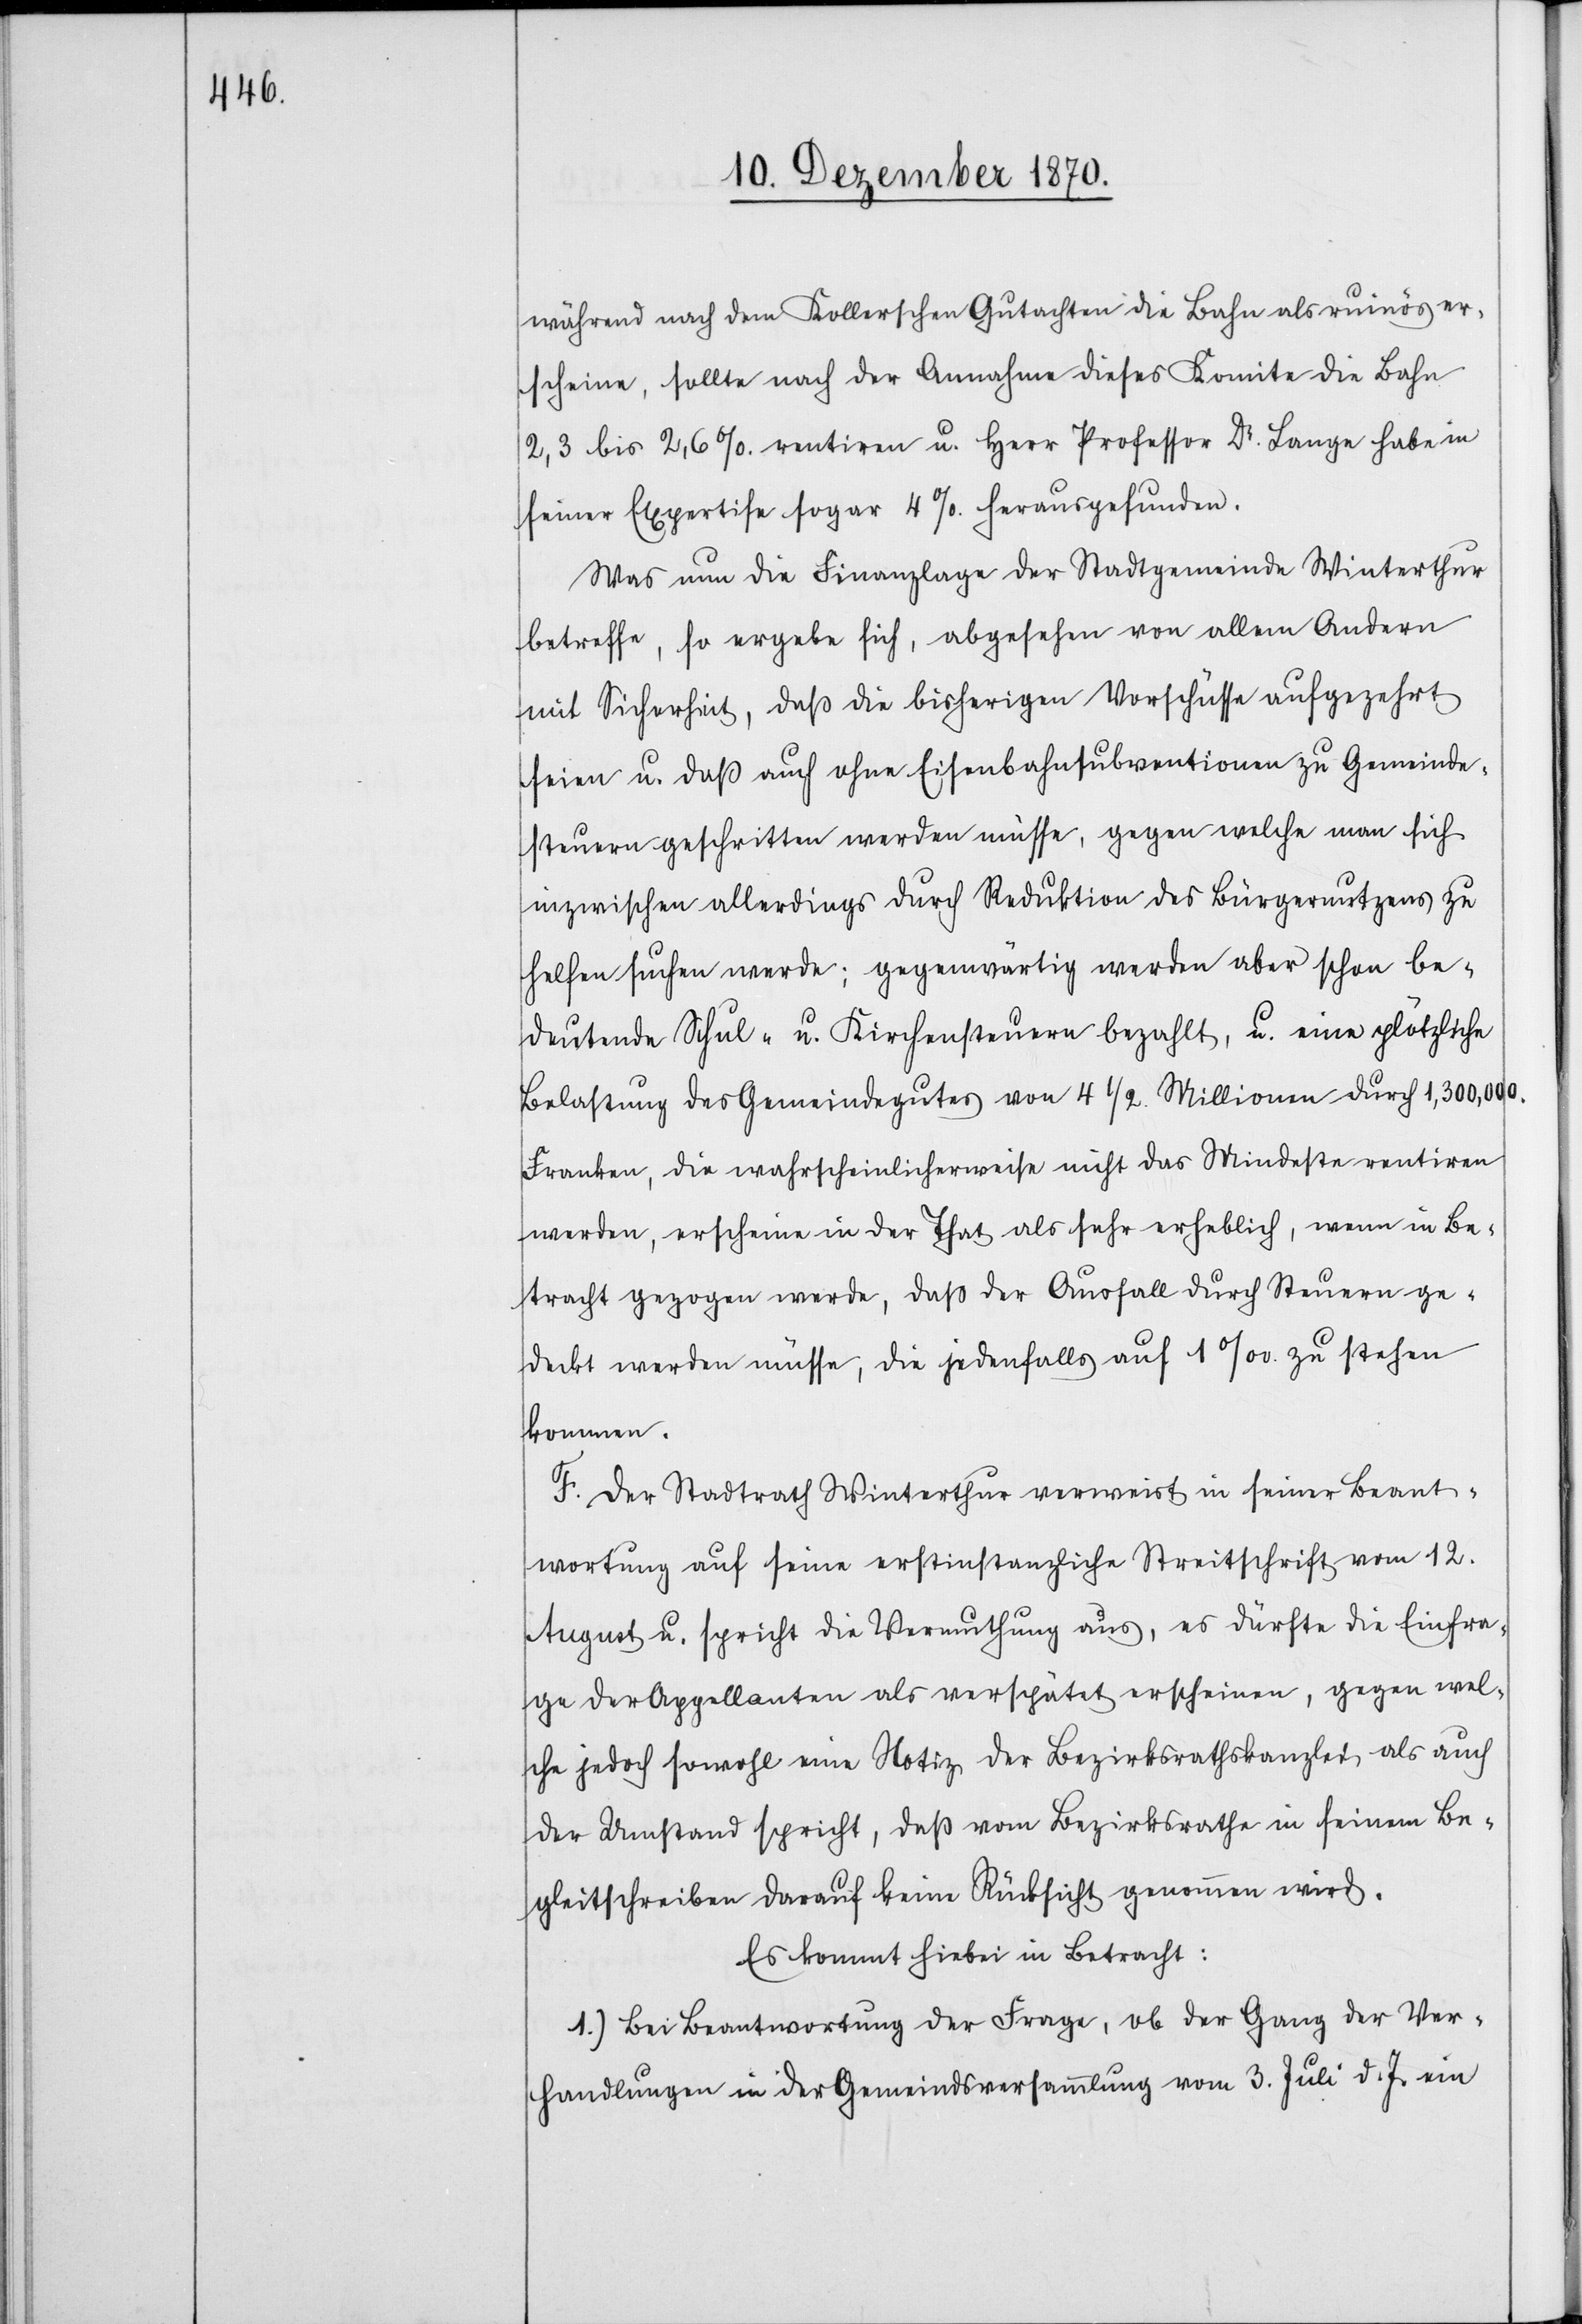
während nach dem Kollerschen Gutachten die Bahn als ruinös er¬
scheine, sollte nach der Annahme dieses Komitee die Bahn
2,3 bis 2,6% rentiren u. Herr Professor Dr. Lange habe in
seiner Expertise sogar 4%. herausgefunden.
Was nun die Finanzlage der Stadtgemeinde Winterthur
betreffe, so ergebe sich, abgesehen von allem Andern
mit Sicherheit, daß die bisherigen Vorschüsse aufgezehrt
seien u. daß auch ohne Eisenbahnsubventionen zu Gemeinde¬
steuern geschritten werden müsse, gegen welche man sich
inzwischen allerdings durch Reduktion des Bürgernutzens zu
helfen suchen werde; gegenwärtig werden aber schon be¬
deutende Schul- u. Kirchensteuern bezahlt, u. eine plötzliche
Belastung des Gemeindegutes von 4 1/2. Millionen durch 1,300,000.
Franken, die wahrscheinlicherweise nicht das Mindeste rentiren
werden, erscheine in der That als sehr erheblich, wenn in Be¬
tracht gezogen werde, daß der Ausfall durch Steuern ge¬
deckt werden müsse, die jedenfalls auf 1‰ zu stehen
kommen.
F. Der Stadtrath Winterthur verweist in seiner Beant¬
wortung auf seine erstinstanzliche Streitschrift vom 12.
August u. spricht die Vermuthung aus, es dürfte die Einfra¬
ge der Appellanten als verspätet erscheinen, gegen wel¬
che jedoch sowohl eine Notiz der Bezirksrathskanzlei, als auch
der Umstand spricht, daß vom Bezirksrathe in seinem Be¬
gleitschreiben darauf keine Rücksicht genommen wird.
Es kommt hiebei in Betracht:
1.) Bei Beantwortung der Frage, ob der Gang der Ver¬
handlungen in der Gemeindsversammlung vom 3. Juli d. J. ein